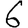
Digit: 6